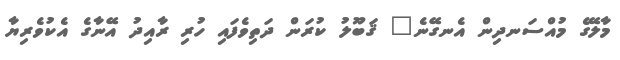
މާލޭގެ މުއްސަނދިން އެނގޭނެ" ޤަބޫލު ކުރަން ދަތިވެފައި ހުރި ރާއިދު އޭނާގެ އެކުވެރިޔާ